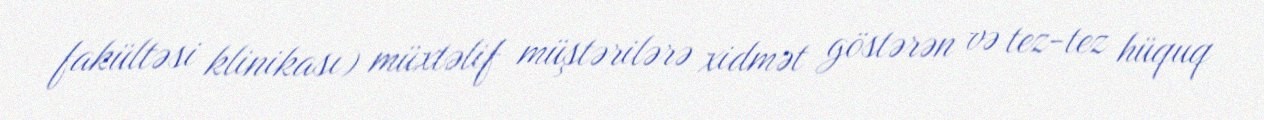
fakültəsi klinikası) müxtəlif müştərilərə xidmət göstərən və tez-tez hüquq